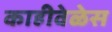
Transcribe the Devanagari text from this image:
काहीवेळेस